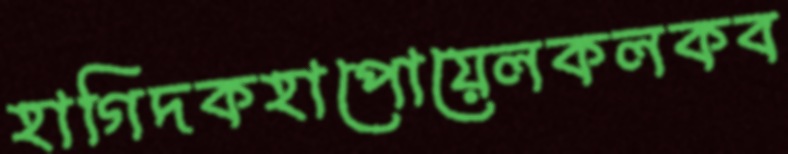
হাগিদকহাপোয়েলকলকব